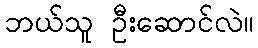
ဘယ်သူ ဦးဆောင်လဲ။